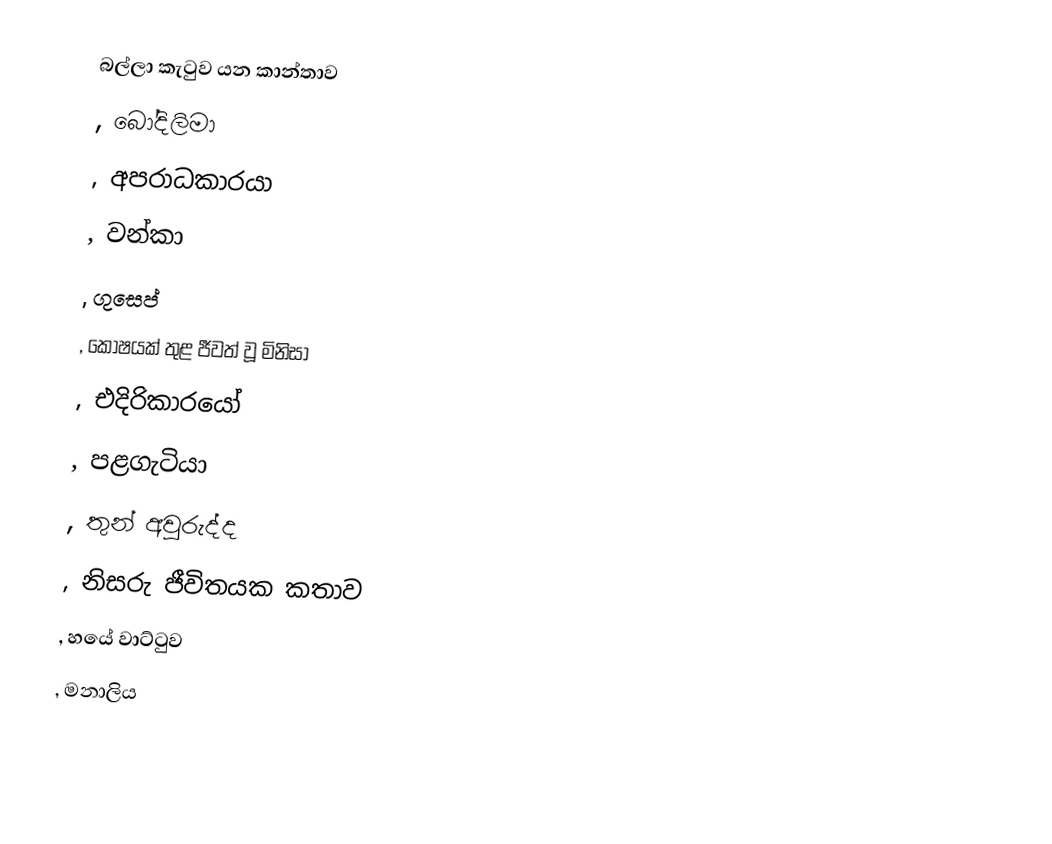
බල්ලා කැටුව යන කාන්තාව
, බෝදිලිමා
, අපරාධකාරයා
, වන්කා
, ගුසෙප්
, කෝෂයක් තුළ ජීවත් වූ මිනිසා
, එදිරිකාරයෝ
, පළගැටියා
, තුන් අවුරුද්ද
, නිසරු ජීවිතයක කතාව
, හයේ වාට්ටුව
, මනාලිය